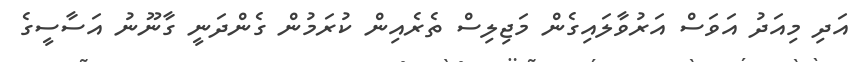
އަދި މިއަދު އަވަސް އަރުވާލައިގެން މަޖިލިސް ތެރެއިން ކުރަމުން ގެންދަނީ ގާނޫނު އަސާސީގެ